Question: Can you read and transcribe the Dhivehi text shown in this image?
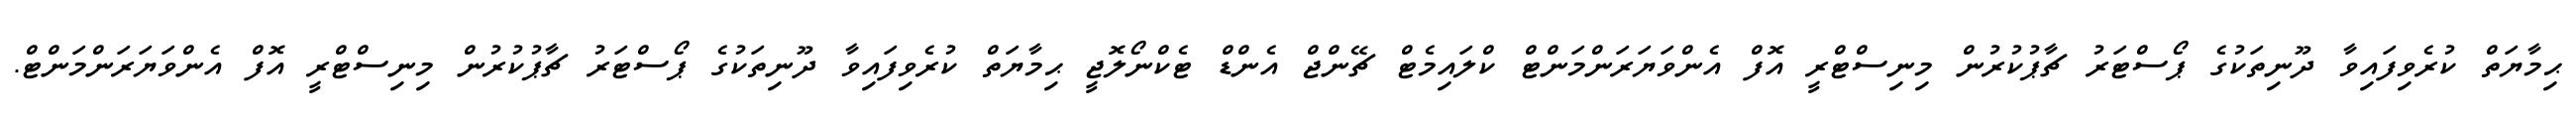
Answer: ޙިމާޔަތް ކުރެވިފައިވާ ދޫނިތަކުގެ ޕޯސްޓަރު ޗާޕުކުރުން މިނިސްޓްރީ އޮފް އެންވަޔަރަންމަންޓް ކްލައިމެޓް ޗޭންޖް އެންޑް ޓެކްނޯލޮޖީ ޙިމާޔަތް ކުރެވިފައިވާ ދޫނިތަކުގެ ޕޯސްޓަރު ޗާޕުކުރުން މިނިސްޓްރީ އޮފް އެންވަޔަރަންމަންޓް.